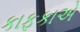
કાફકાએ